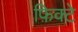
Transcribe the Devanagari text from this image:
फ़िक्टे